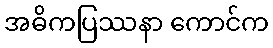
အဓိကပြဿနာ ကောင်က